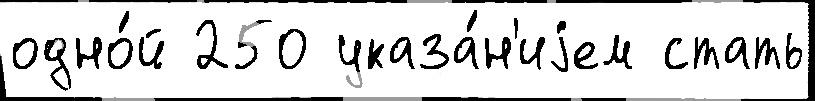
одно́й 250 указа́н'иjем стать